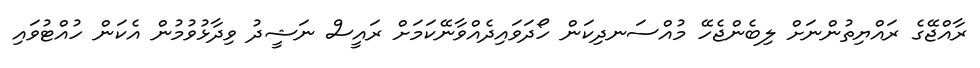
ރާއްޖޭގެ ރައްޔިތުންނަށް ލިބެންޖެހޭ މުއްސަނދިކަން ހޯދަވައިދެއްވާނޭކަމަށް ރައީސް ނަޝީދު ވިދާޅުވުމުން އެކަން ހުއްޓުވައި